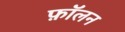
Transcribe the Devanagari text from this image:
फ़ॉलन